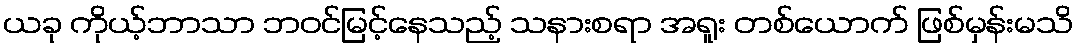
ယခု ကိုယ့်ဘာသာ ဘဝင်မြင့်နေသည့် သနားစရာ အရူး တစ်ယောက် ဖြစ်မှန်းမသိ